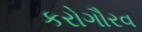
કરોગૌરવ